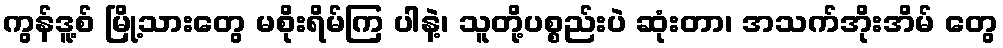
ကွန်ဒူ့စ် မြို့သားတွေ မစိုးရိမ်ကြ ပါနဲ့၊ သူတို့ပစ္စည်းပဲ ဆုံးတာ၊ အသက်အိုးအိမ် တွေ